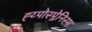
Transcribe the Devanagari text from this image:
ह्य्पोस्प्लेनिस्म